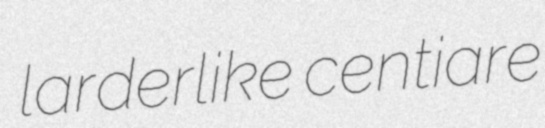
larderlike centiare